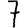
Digit: 7